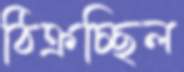
ঠিক্‌রচ্ছিল